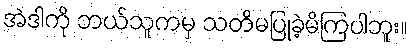
အဲဒါကို ဘယ်သူကမှ သတိမပြုခဲ့မိကြပါဘူး။